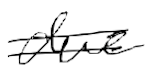
Text: due
Cross-out: double-line
Writing tool: digital_black